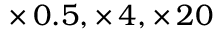
\times \, 0 . 5 , \times \, 4 , \times \, 2 0